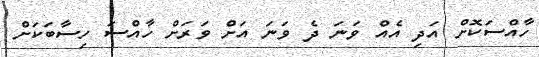
ހާއްސަކޮށް އަދި އެއް ވަނަ ދެ ވަނަ އަށް ވަރަށް ހާއްސަ ހިސާބަކަށް